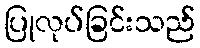
ပြုလုပ်ခြင်းသည်